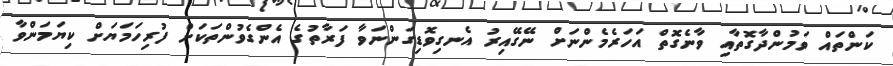
ކަންތައް ވަމުންދާގޮތާއި ވާނެގޮތް އަހަރެމެންނަށް ނޭގޭއިރު އެނގިވޮޑިގަންނަވާ ފަރާތުގެ އެންގެވުންތަކަށް ފުރިހަމަޔަށް ކިޔަމަންވާ